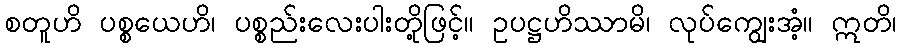
စတူဟိ ပစ္စယေဟိ၊ ပစ္စည်းလေးပါးတို့ဖြင့်။ ဥပဋ္ဌဟိဿာမိ၊ လုပ်ကျွေးအံ့။ ဣတိ၊